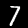
Label: 7